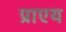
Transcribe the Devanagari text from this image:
प्राएय